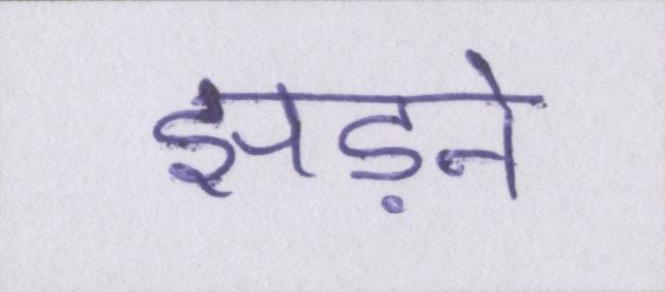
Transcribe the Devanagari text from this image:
झड़ने